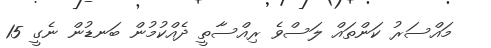
މައްސަރު ކަންތައް ލަސްވެ ރިއްސާތީ ދެއްކުމުން ބަނޑުން ނެގީ 15